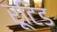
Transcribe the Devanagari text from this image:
रूटिड